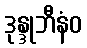
ဒုန္ဒုဘီနံဝ